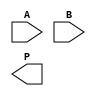
module wallace_tree_multiplier #(parameter N = 4) (
    input [N-1:0] A,
    input [N-1:0] B,
    output reg [2*N-1:0] P
);

    // Generate partial products
    wire [N-1:0] pp [0:N-1]; // Partial products
    genvar i, j;
    generate
        for (i = 0; i < N; i = i + 1) begin : pp_gen
            assign pp[i] = A & {N{B[i]}};
        end
    endgenerate

    // Wallace Tree Reduction
    wire [N-1:0] sum [0:N-1]; // Sums at each stage
    wire [N-1:0] carry [0:N-1]; // Carries at each stage

    // First stage reduction
    generate
        for (i = 0; i < N; i = i + 1) begin : stage1
            if (i % 3 == 0) begin
                assign {carry[i/3], sum[i/3]} = pp[i] + pp[i+1] + pp[i+2];
            end
        end
    endgenerate

    // Second stage reduction
    generate
        for (i = 0; i < (N+2)/3; i = i + 1) begin : stage2
            if (i % 2 == 0) begin
                assign {carry[i/2], sum[i/2]} = sum[i] + sum[i+1] + carry[i];
            end
        end
    endgenerate

    // Final addition
    wire [2*N-1:0] final_sum;
    wire [2*N-1:0] final_carry;

    assign final_sum = {1'b0, sum[0]} + {1'b0, sum[1]} + {1'b0, carry[0]};

    // Output the final product
    always @(*) begin
        P = final_sum;
    end

endmodule